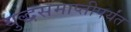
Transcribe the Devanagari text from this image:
युद्धसमाप्तीपर्यंत